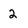
Character: 2